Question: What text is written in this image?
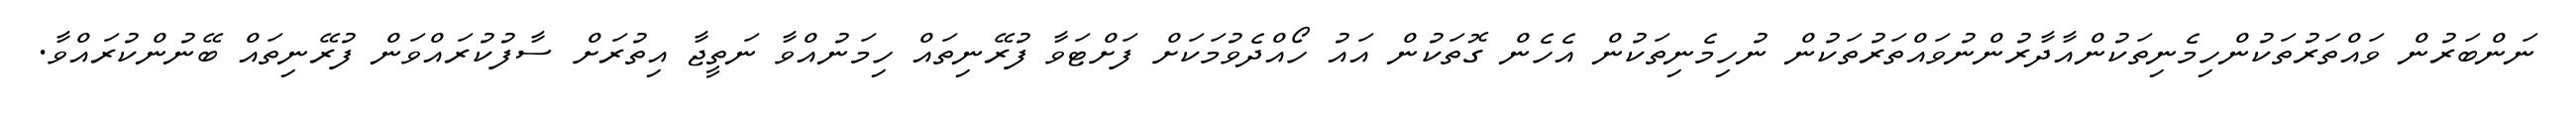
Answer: ނަންބަރުން ވައްތަރުތަކުންހިމެނިތަކުންއާދާރުންނުވައްތަރުތަކުން ނުހިމެނިތަކުން އެހެން ގޮތަކުން އައު ހޯއްދެވުމަކަށް ފަށްޓަވާ ފުރޭނިތައް ހިމަނުއްވާ ނަތީޖާ އިތުރަށް ސާފުކުރައްވަން ފުރޭނިތައް ބޭނުންކުރައްވާ.